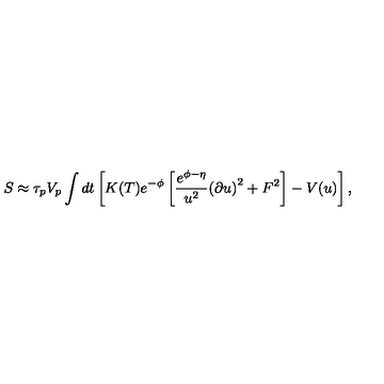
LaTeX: S \approx \tau _ { p } V _ { p } \int d t \left[ K ( T ) e ^ { - \phi } \left[ { \frac { e ^ { \phi - \eta } } { u ^ { 2 } } } { ( \partial u ) } ^ { 2 } + F ^ { 2 } \right] - V ( u ) \right] ,